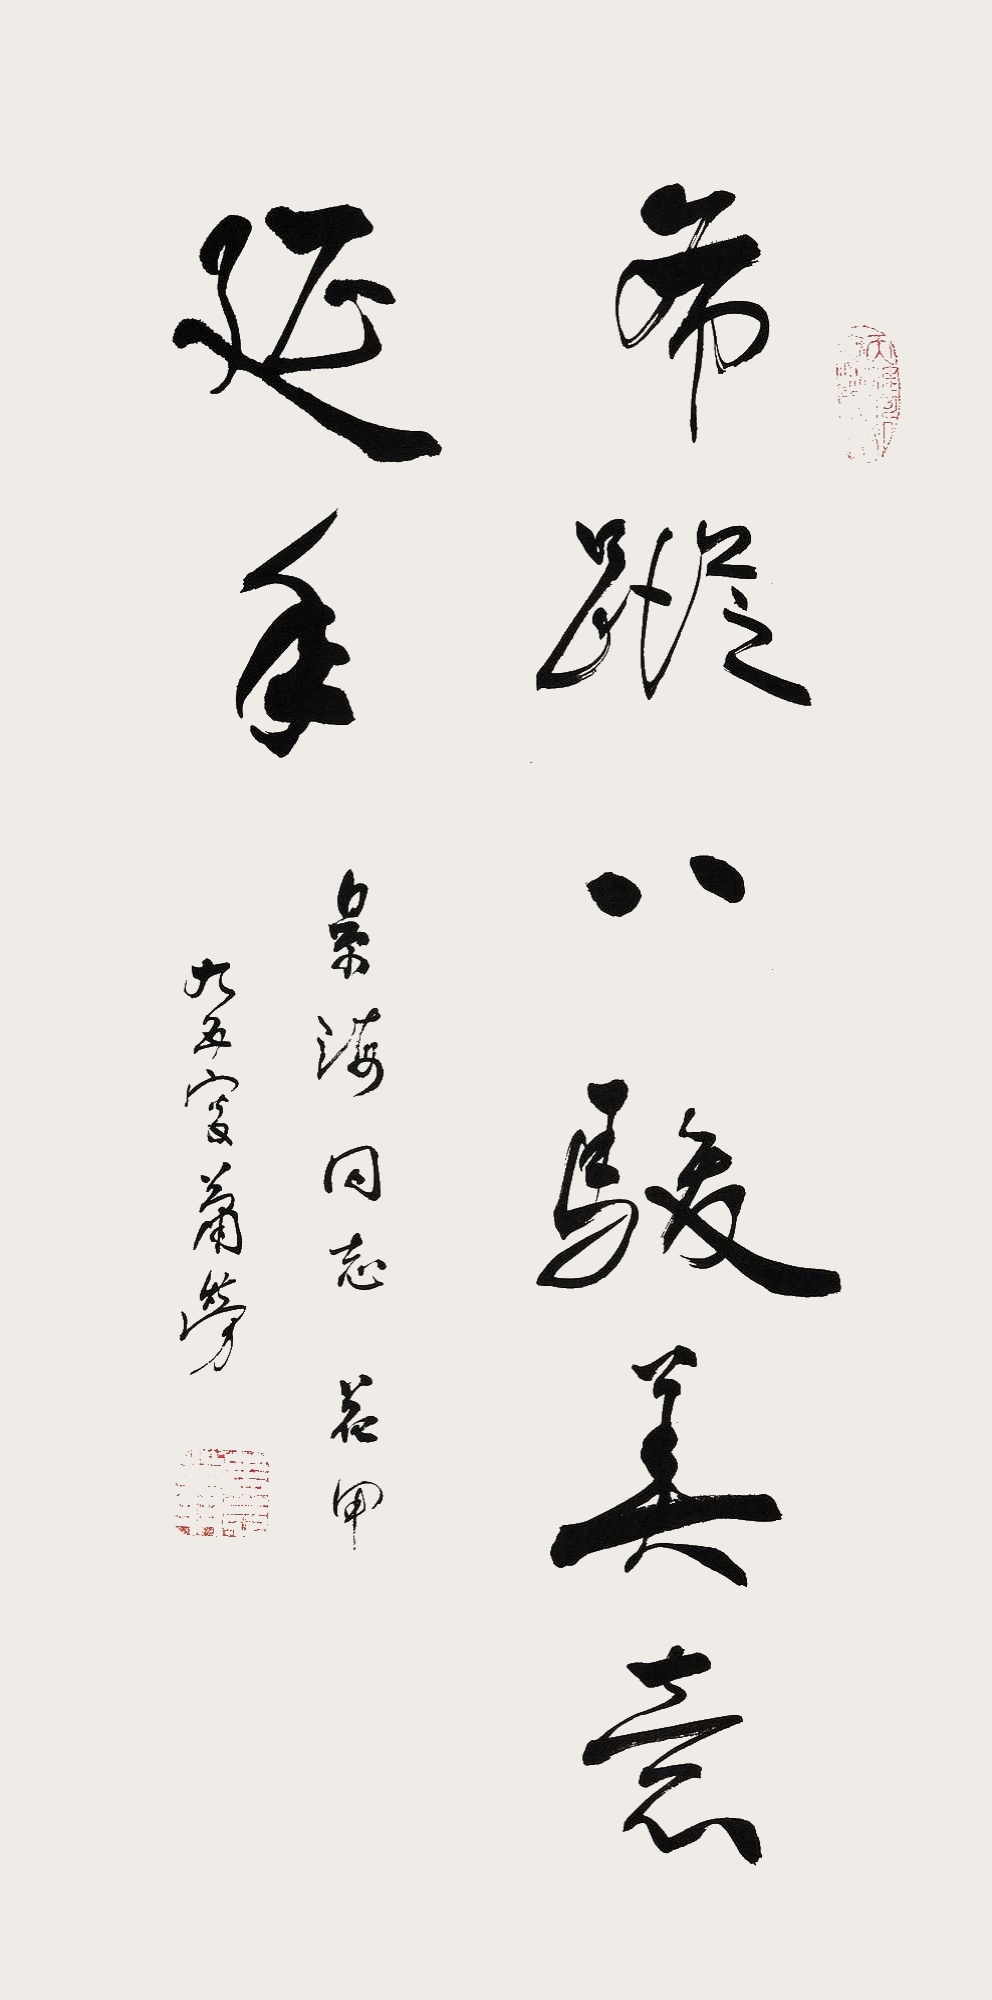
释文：希踪八骏，美意延年。景海同志花甲，九五叜萧劳。